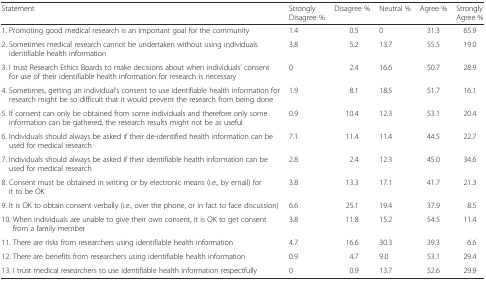
| Statement | Strongly Disagree % | Disagree % | Neutral % | Agree % | Strongly Agree % |
 | --- | --- | --- | --- | --- | --- |
 | 1. Promoting good medical research is an important goal for the community | 1.4 | 0.5 | 0 | 31.3 | 65.9 |
 | 2. Sometimes medical research cannot be undertaken without using individuals identifiable health information | 3.8 | 5.2 | 13.7 | 55.5 | 19.0 |
 | 3. I trust Research Ethics Boards to make decisions about when individuals’ consent for use of their identifiable health information for research is necessary | 0 | 2.4 | 16.6 | 50.7 | 28.9 |
 | 4. Sometimes, getting an individual’s consent to use identifiable health information for research might be so difficult that it would prevent the research from being done | 1.9 | 8.1 | 18.5 | 51.7 | 16.1 |
 | 5. If consent can only be obtained from some individuals and therefore only some information can be gathered, the research results might not be as useful | 0.9 | 10.4 | 12.3 | 53.1 | 20.4 |
 | 6. Individuals should always be asked if their de-identified health information can be used for medical research | 7.1 | 11.4 | 11.4 | 44.5 | 22.7 |
 | 7. Individuals should always be asked if their identifiable health information can be used for medical research | 2.8 | 2.4 | 12.3 | 45.0 | 34.6 |
 | 8. Consent must be obtained in writing or by electronic means (i.e., by email) for it to be OK | 3.8 | 13.3 | 17.1 | 41.7 | 21.3 |
 | 9. It is OK to obtain consent verbally (i.e., over the phone, or in fact to face discussion) | 6.6 | 25.1 | 19.4 | 37.9 | 8.5 |
 | 10. When individuals are unable to give their own consent, it is OK to get consent from a family member | 3.8 | 11.8 | 15.2 | 54.5 | 11.4 |
 | 11. There are risks from researchers using identifiable health information | 4.7 | 16.6 | 30.3 | 39.3 | 6.6 |
 | 12. There are benefits from researchers using identifiable health information | 0.9 | 4.7 | 9.0 | 53.1 | 29.4 |
 | 13. I trust medical researchers to use identifiable health information respectfully | 0 | 0.9 | 13.7 | 52.6 | 29.9 |